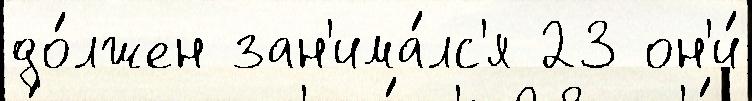
до́лжен зан'има́лс'я 23 он'и́